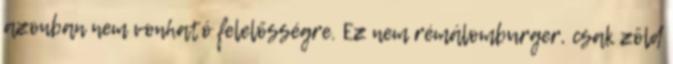
azonban nem vonható felelősségre. Ez nem rémálomburger, csak zöld